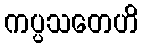
ကပ္ပသတေဟိ